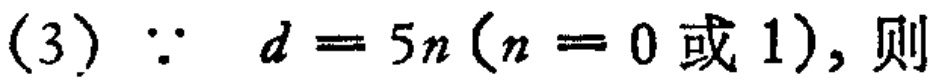
(3) $\because d = 5n (n = 0或1)$, 则